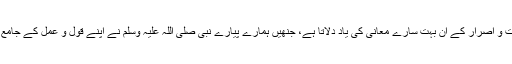
ہجرت کا عظیم واقعہ ہر سال ہمیں ثبات و اِصرار کے ان بہت سارے معانی کی یاد دلاتا ہے، جنھیں ہمارے پیارے نبی صلی اللہ علیہ وسلم نے اپنے قول و عمل کے جامع ترین اورہمہ گیر اُسوے سے برپا کیا۔